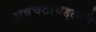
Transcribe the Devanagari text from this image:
अवचटांबद्दलही